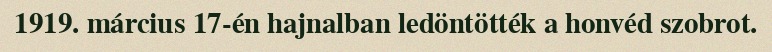
1919. március 17-én hajnalban ledöntötték a honvéd szobrot.